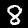
Digit: 8